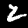
Digit: 2